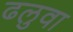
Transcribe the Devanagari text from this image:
ढलुवा